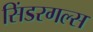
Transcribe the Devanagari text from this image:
सिंडरगल्स